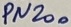
Text: PN200